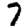
Digit: 7